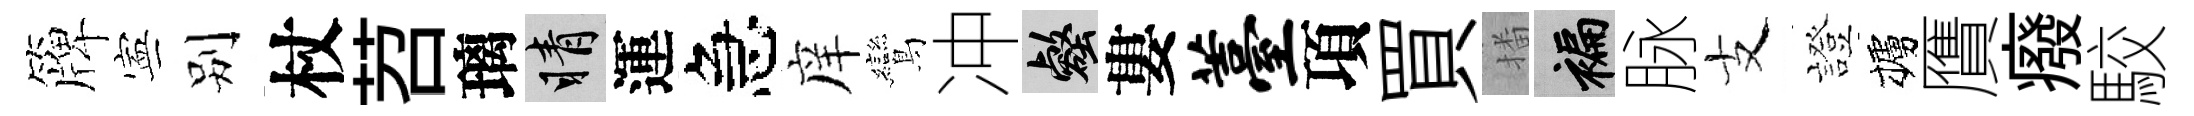
簰寕别杖苕璃睛運急庠鸞冲壑婁薹項買播褊脉支證櫨贋癈駮